Vaccine operations Central Provinces & Berar 1922-1929 - 1922-1929
Year: 1922
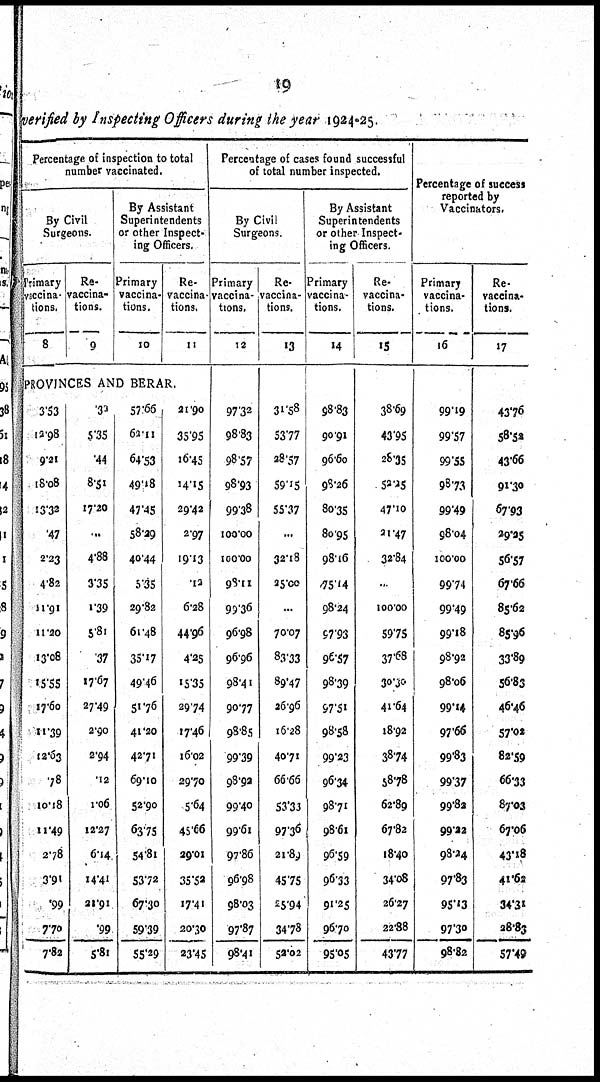
19
verified by Inspecting Officers during the year 1924-25.
Percentage of inspection to total
number vaccinated.
By Civil
Surgeons.
Primary
vaccina¬
tions.
8
Re¬
vaccina-
tions.
9
By Assistant
Superintendents
or other Inspect¬
ing Officers.
Primary
vaccina¬
tions.
10
Re¬
vaccina-
tions.
11
PROVINCES AND BERAR.
3.53
12.98
9.21
18.08
13.32
.47
2.23
4.82
11.91
11.20
13.08
15.55
17.60
11.39
12.63
.78
10.18
11.49
2.78
3.91
.99
7.70
7.82
.32
5.35
.44
8.51
17.20
...
4.88
3.35
1.39
5.81
.37
17.67
27.49
2.90
2.94
.12
1.06
12.27
6.14
14.41
21.91
.99
5.81
57.66
62.11
64.53
49.18
47.45
58.29
40.44
5.35
29.82
61.48
35.17
49.46
51.76
41.20
42.71
69.10
52.90
63.75
54.81
53.72
67.30
59.39
55.29
21.90
35.95
16.45
14.15
29.42
2.97
19.13
.12
6.28
44.96
4.25
15.35
29.74
17.46
16.02
29.70
5.64
45.66
29.01
35.52
17.41
20.30
23.45
Percentage of cases found successful
of total number inspected.
By Civil
Surgeons.
Primary
vaccina-
tions.
12
97.32
98.83
98.57
98.93
99.38
100.00
100.00
98.11
99.36
96.98
96.96
98.41
90.77
98.85
99.39
98.92
99.40
99.61
97.86
96.98
98.03
97.87
98.41
Re¬
vaccina-
tions.
13
31.58
53.77
28.57
59.15
55.37
...
32.18
25.00
...
70.07
83.33
89.47
26.96
16.28
40.71
66.66
53.33
97.36
21.89
45.75
25.94
34.78
52.02
By Assistant
Superintendents
or other Inspect-
ing Officers.
Primary
vaccina-
tions.
14
98.83
90.91
96.60
98.26
80.35
80.95
98.16
75.14
98.24
97.93
96.57
98.39
97.51
98.58
99.23
96.34
98.71
98.61
96.59
96.33
91.25
96.70
95.05
Re¬
vaccina¬
tions.
15
38.69
43.95
28.35
52.25
47.10
21.47
32.84
...
100.00
59.75
37.68
30.30
41.64
18.92
38.74
58.78
62.89
67.82
18.40
34.08
26.27
22.88
43.77
Percentage of success
reported by
Vaccinators.
Primary
vaccina-
tions.
16
99.19
99.57
99.55
98.73
99.49
98.04
100.00
99.74
99.49
99.18
98.92
98.06
99.14
97.66
99.83
99.37
99.82
99.22
98.24
97.83
95.13
97.30
98.82
Re¬
vaccina-
tions.
17
43.76
58.52
43.66
91.30
67.93
29.25
56.57
67.66
85.62
85.96
33.89
56.83
46.46
57.02
82.59
66.33
87.03
67.06
43.18
41.62
34.31
28.83
57.49